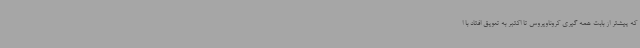
که پیشتر از بابت همه گیری کروناویروس تا اکتبر به تعویق افتاد با ا